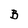
Character: B